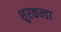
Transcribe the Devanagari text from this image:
शुरकन्डा